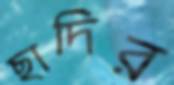
ছাদির